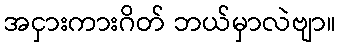
အငှားကားဂိတ် ဘယ်မှာလဲဗျာ။